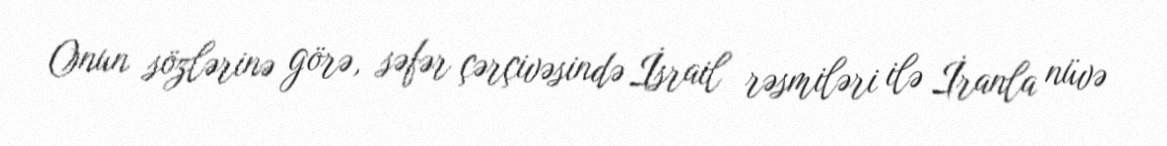
Onun sözlərinə görə, səfər çərçivəsində İsrail rəsmiləri ilə İranla nüvə